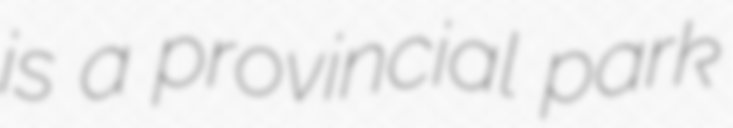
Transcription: is a provincial park